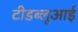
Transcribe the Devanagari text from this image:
टीडब्लूआई